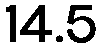
14.5